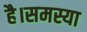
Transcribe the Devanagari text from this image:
है।समस्या